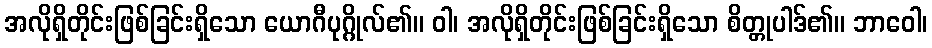
အလိုရှိတိုင်းဖြစ်ခြင်းရှိသော ယောဂီပုဂ္ဂိုလ်၏။ ဝါ၊ အလိုရှိတိုင်းဖြစ်ခြင်းရှိသော စိတ္တုပါဒ်၏။ ဘာဝေါ၊